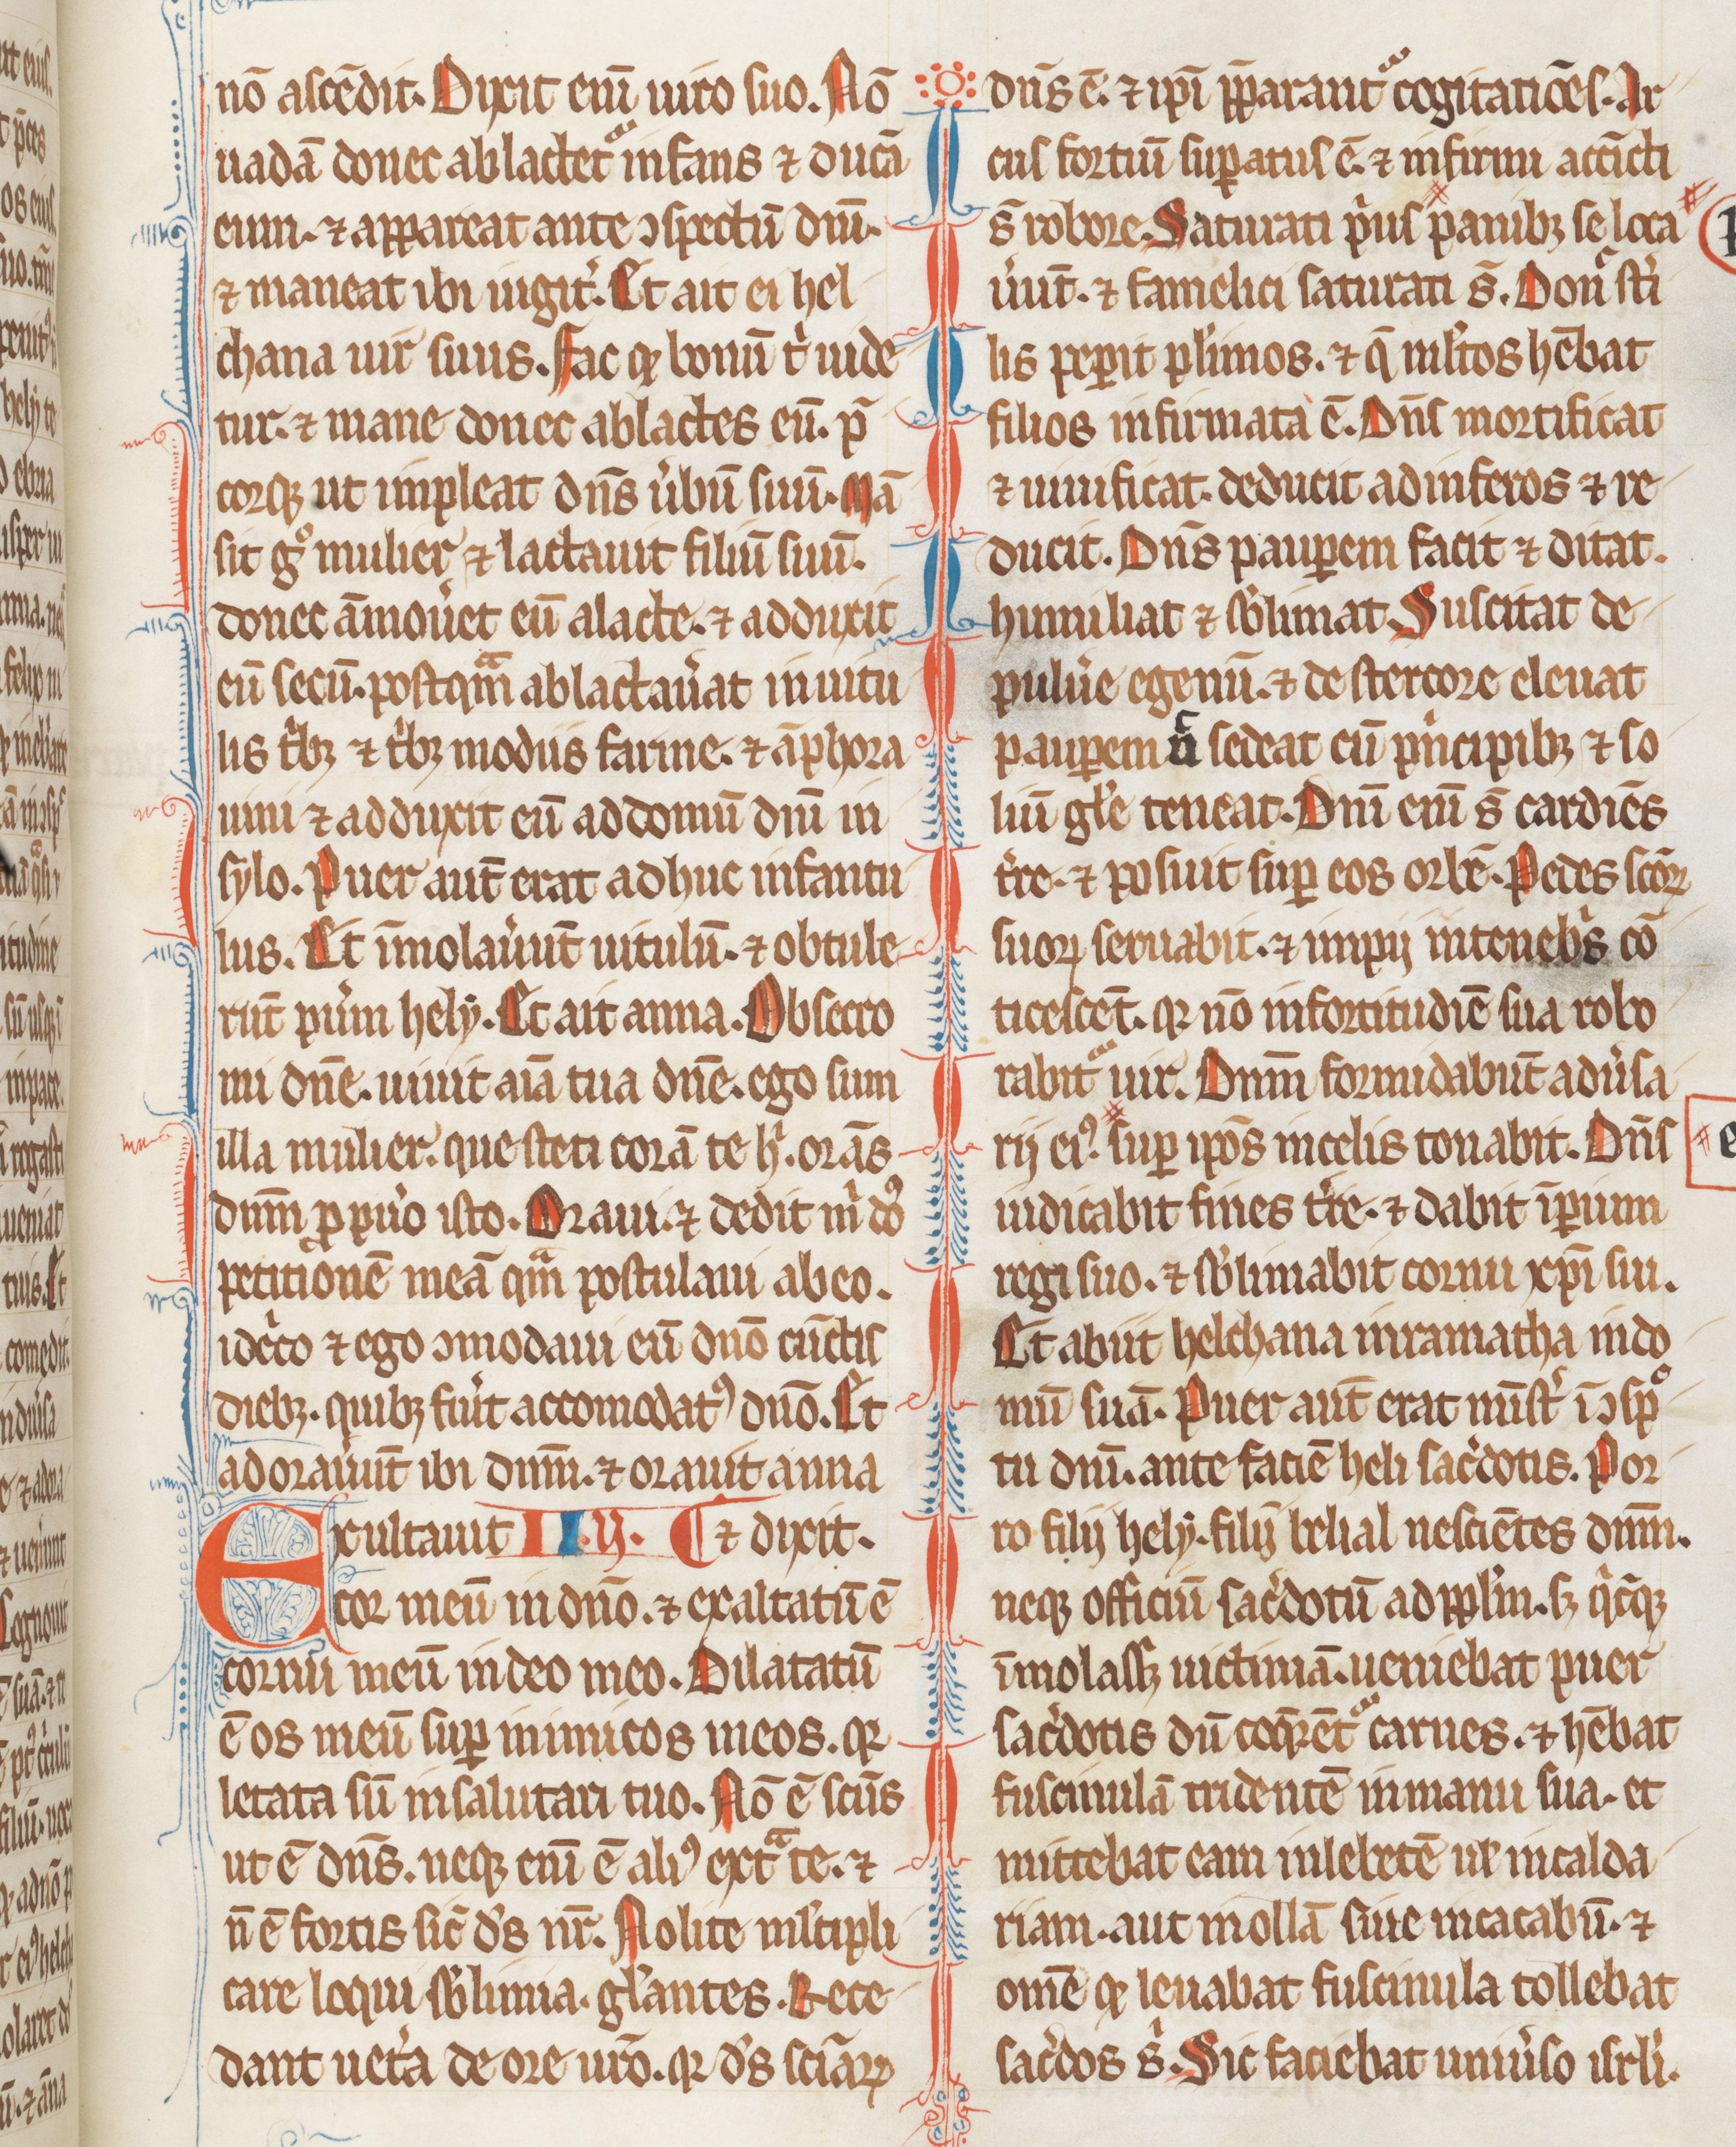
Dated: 1255–1285